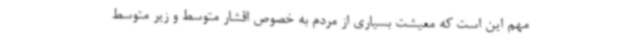
مهم این است که معیشت بسیاری از مردم به خصوص اقشار متوسط و زیر متوسط